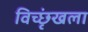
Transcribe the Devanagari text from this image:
विच्छृंखला